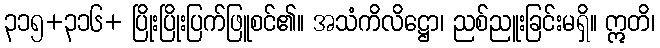
၃၁၅+၃၁၆+ ပြိုးပြိုးပြက်ဖြူစင်၏။ အသံကိလိဋ္ဌော၊ ညစ်ညူးခြင်းမရှိ။ ဣတိ၊